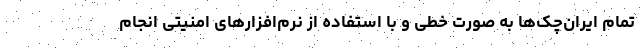
تمام ایران‌چک‌ها به صورت خطی و با استفاده از نرم‌افزارهای امنیتی انجام